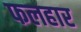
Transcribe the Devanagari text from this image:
फलहार